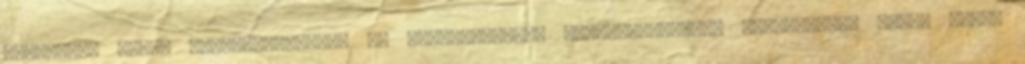
legkisebb ponty bélrendszeréről és –tartalmáról, érdekességként. Pontosabban nincs ebben